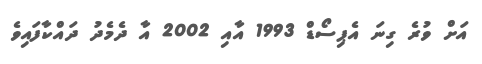
އަށް ވުރެ ގިނަ އެޕިސޯޑް 1993 އާއި 2002 އާ ދެމެދު ދައްކާފައިވެ